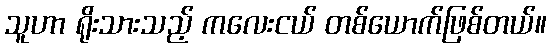
သူဟာ ရိုးသားသည့် ကလေးငယ် တစ်ယောက်ဖြစ်တယ်။